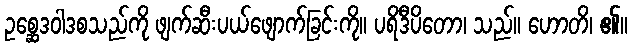
ဥစ္ဆေဒဝါဒစသည်ကို ဖျက်ဆီးပယ်ဖျောက်ခြင်းကို။ ပရိဒီပိတော၊ သည်။ ဟောတိ၊ ၏။